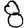
Digit: 8